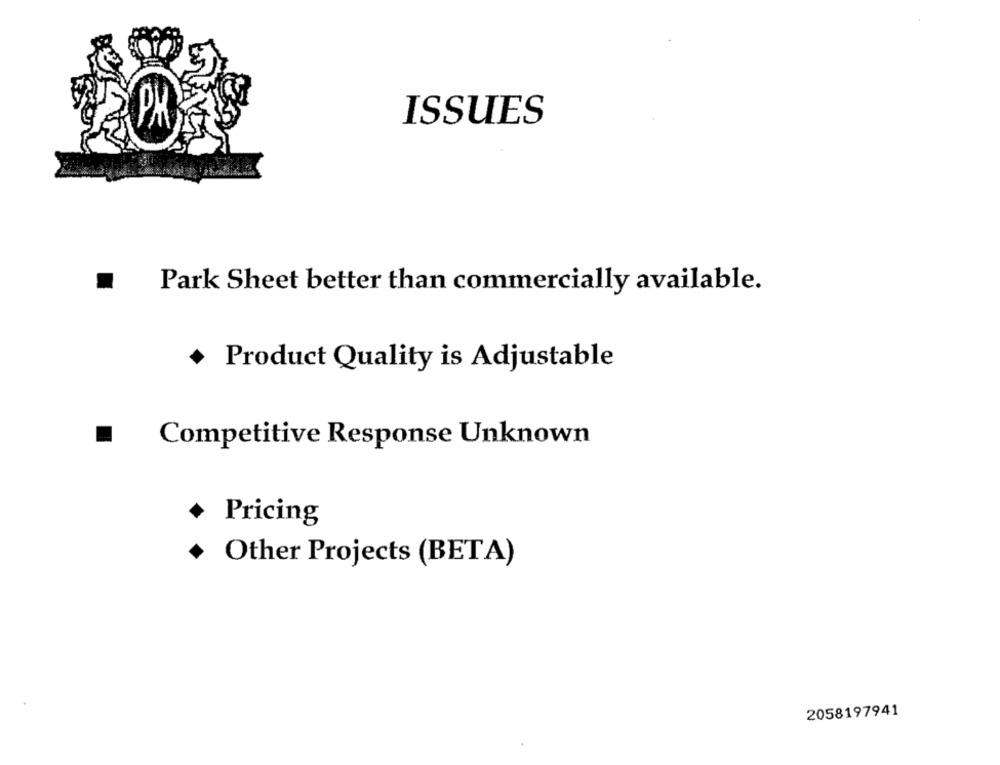
ISSUES
Park Sheet better than commercially available.
Product Quality is Adjustable
Competitive Response Unknown
Pricing
+ Other Projects (BETA)
2058197941